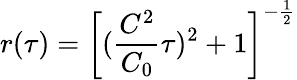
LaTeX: r(\tau)=\left[(\frac{C^{2}}{C_{0}}\tau)^{2}+1\right]^{-\frac{1}{2}}